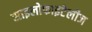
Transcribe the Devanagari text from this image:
साइलोफाइटेलीज